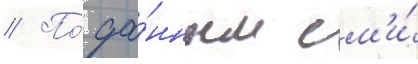
// По́ да́нным см'и́